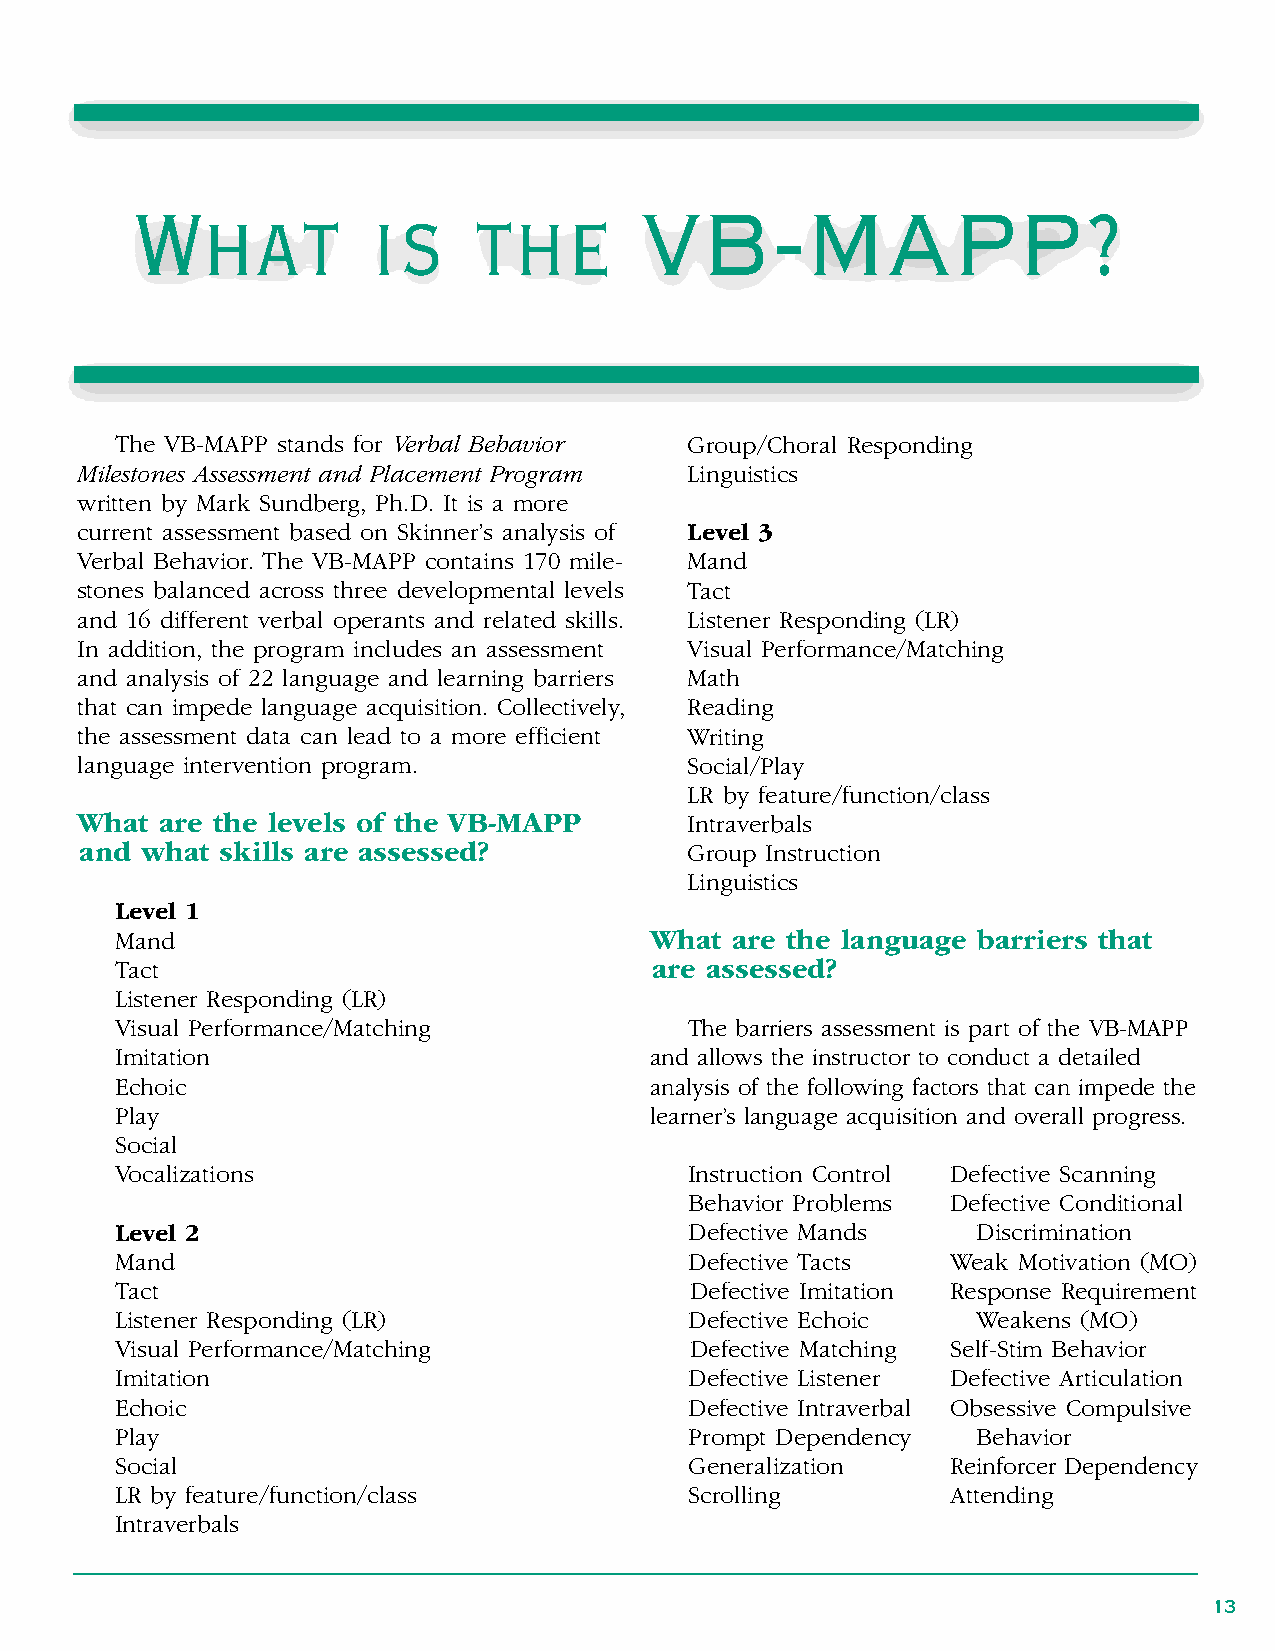
What           is     the        VB-MAPP?
 The VB-MAPP stands for Verbal Behavior Group/Choral Responding
 Milestones Assessment and Placement Program Linguistics
 written by Mark Sundberg, Ph .D . It is a more
 current assessment based on Skinner’s analysis of Level 3
 Verbal Behavior . The VB-MAPP contains 170 mile- Mand
 stones balanced across three developmental levels Tact
 and 16 different verbal operants and related skills . Listener Responding (LR)
 In addition, the program includes an assessment Visual Performance/Matching
 and analysis of 22 language and learning barriers Math
 that can impede language acquisition . Collectively, Reading
 the assessment data can lead to a more efficient Writing
 language intervention program .          Social/Play
 LR by feature/function/class
 What  are the levels of the VB-MAPP      Intraverbals
 and what  skills are assessed?           Group Instruction
 Linguistics
 Level 1
 Mand                               What are the language barriers that
 Tact                               are assessed?
 Listener Responding (LR)
 Visual Performance/Matching           The barriers assessment is part of the VB-MAPP
 Imitation                          and allows the instructor to conduct a detailed
 Echoic                             analysis of the following factors that can impede the
 Play                               learner’s language acquisition and overall progress .
 Social
 Vocalizations                         Instruction Control Defective Scanning
 Behavior Problems Defective Conditional
 Level 2                               Defective Mands    Discrimination
 Mand                                  Defective Tacts  Weak Motivation (MO)
 Tact                                  Defective Imitation Response Requirement
 Listener Responding (LR)              Defective Echoic   Weakens (MO)
 Visual Performance/Matching           Defective Matching Self-Stim Behavior
 Imitation                             Defective Listener Defective Articulation
 Echoic                                Defective Intraverbal Obsessive Compulsive
 Play                                  Prompt Dependency  Behavior
 Social                                Generalization   Reinforcer Dependency
 LR by feature/function/class          Scrolling        Attending
 Intraverbals
 13